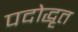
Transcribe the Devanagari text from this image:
पदोद्धृत